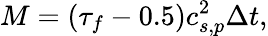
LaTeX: M=\left(\tau_{f}-0.5\right)c_{s,p}^{2}\Delta t,